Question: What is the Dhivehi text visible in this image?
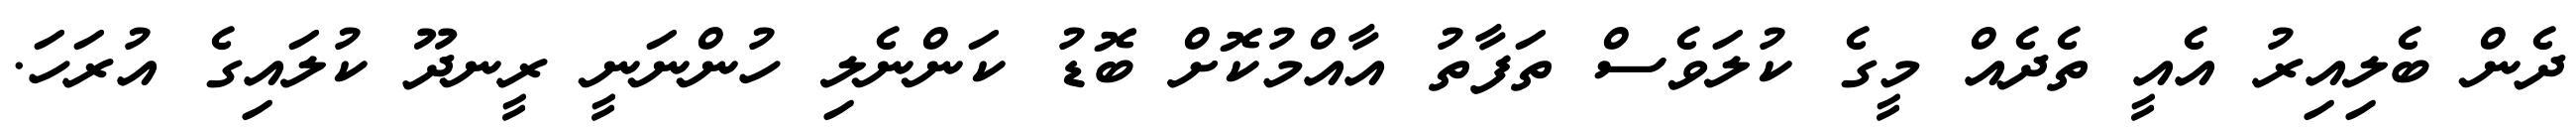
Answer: ދެން ބެލިއިރު އެއީ ތެދެއް މީގެ ކުލަވެސް ތަފާތު އާއްމުކޮށް ބޮޑު ކަންނެލި ހުންނަނީ ރީނދޫ ކުލައިގެ އުރަހަ.